Scientific memoirs by medical officers of the Army of India - Part XII,
Year: 1901
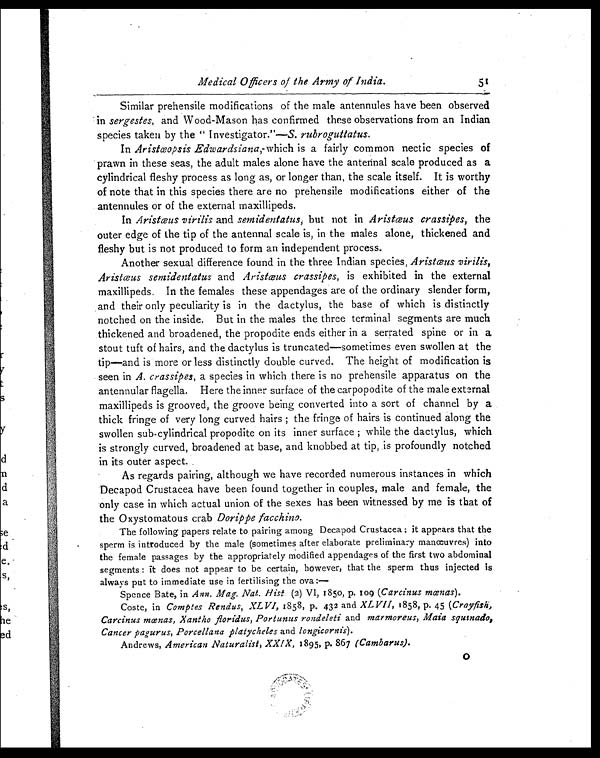
Medical Officers of the Army of India.
51
Similar prehensile modifications of the male antennules have been observed
in sergestes, and Wood-Mason has confirmed these observations from an Indian
species taken by the " Investigator."— S. rubroguttatus.
In Aristœopsis Edwardsiana,- which is a fairly common nectic species of
prawn in these seas, the adult males alone have the antennal scale produced as a
cylindrical fleshy process as long as, or longer than, the scale itself. It is worthy
of note that in this species there are no prehensile modifications either of the
antennules or of the external maxillipeds.
In Aristœus virilis and semidentatus, but not in Aristœus crassipes, the
outer edge of the tip of the antennal scale is, in the males alone, thickened and
fleshy but is not produced to form an independent process.
Another sexual difference found in the three Indian species, Aristæus virilis,
Aristœus semidentatus and Aristœus crassipes, is exhibited in the external
maxillipeds. In the females these appendages are of the ordinary slender form,
and their only peculiarity is in the dactylus, the base of which is distinctly
notched on the inside. But in the males the three terminal segments are much
thickened and broadened, the propodite ends either in a serrated spine or in a
stout tuft of hairs, and the dactylus is truncated—sometimes even swollen at the
tip—and is more or less distinctly double curved. The height of modification is
seen in A. crassipes, a species in which there is no prehensile apparatus on the
antennular flagella. Here the inner surface of the carpopodite of the male external
maxillipeds is grooved, the groove being converted into a sort of channel by a
thick fringe of very long curved hairs ; the fringe of hairs is continued along the
swollen sub-cylindrical propodite on its inner surface ; while the dactylus, which
is strongly curved, broadened at base, and knobbed at tip, is profoundly notched
in its outer aspect.
As regards pairing, although we have recorded numerous instances in which
Decapod Crustacea have been found together in couples, male and female, the
only case in which actual union of the sexes has been witnessed by me is that of
the Oxystomatous crab Dorippe facchino.
The following papers relate to pairing among Decapod Crustacea : it appears that the
sperm is introduced by the male (sometimes after elaborate preliminary manœuvres) into
the female passages by the appropriately modified appendages of the first two abdominal
segments : it does not appear to be certain, however, that the sperm thus injected is
always put to immediate use in fertilising the ova:—
Spence Bate, in Ann. Mag. Nat. Hist. (2) VI, 1850, p. 109 (Carcinus mœnas).
Coste, in Comptes Rendus, ,XLVI, 1858, p. 432 and XLVII, 1858, p. 45 (Crayfish,
Carcinus mœnas, Xantho floridus, Portunus rondeleti and marmoreus, Maia squinado,
Cancer pagurus, Porcellana platycheles and longicornis).
Andrews, American .Naturalist, XXIX, 1895, p. 867 (Cambarus).